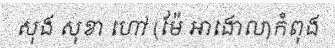
សុង សុខា ហៅ (ម៉ែ អាងោល)កំពុង